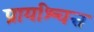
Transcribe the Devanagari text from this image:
प्रायश्‍चित्त